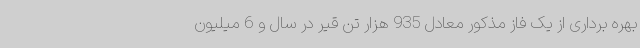
بهره برداری از یک فاز مذکور معادل 935 هزار تن قیر در سال و 6 میلیون